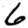
Digit: 6